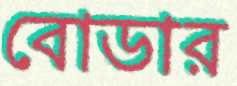
বোডার